38_143685_box_Incident_Summaries_101-172
Agency: Department of War
Page 116
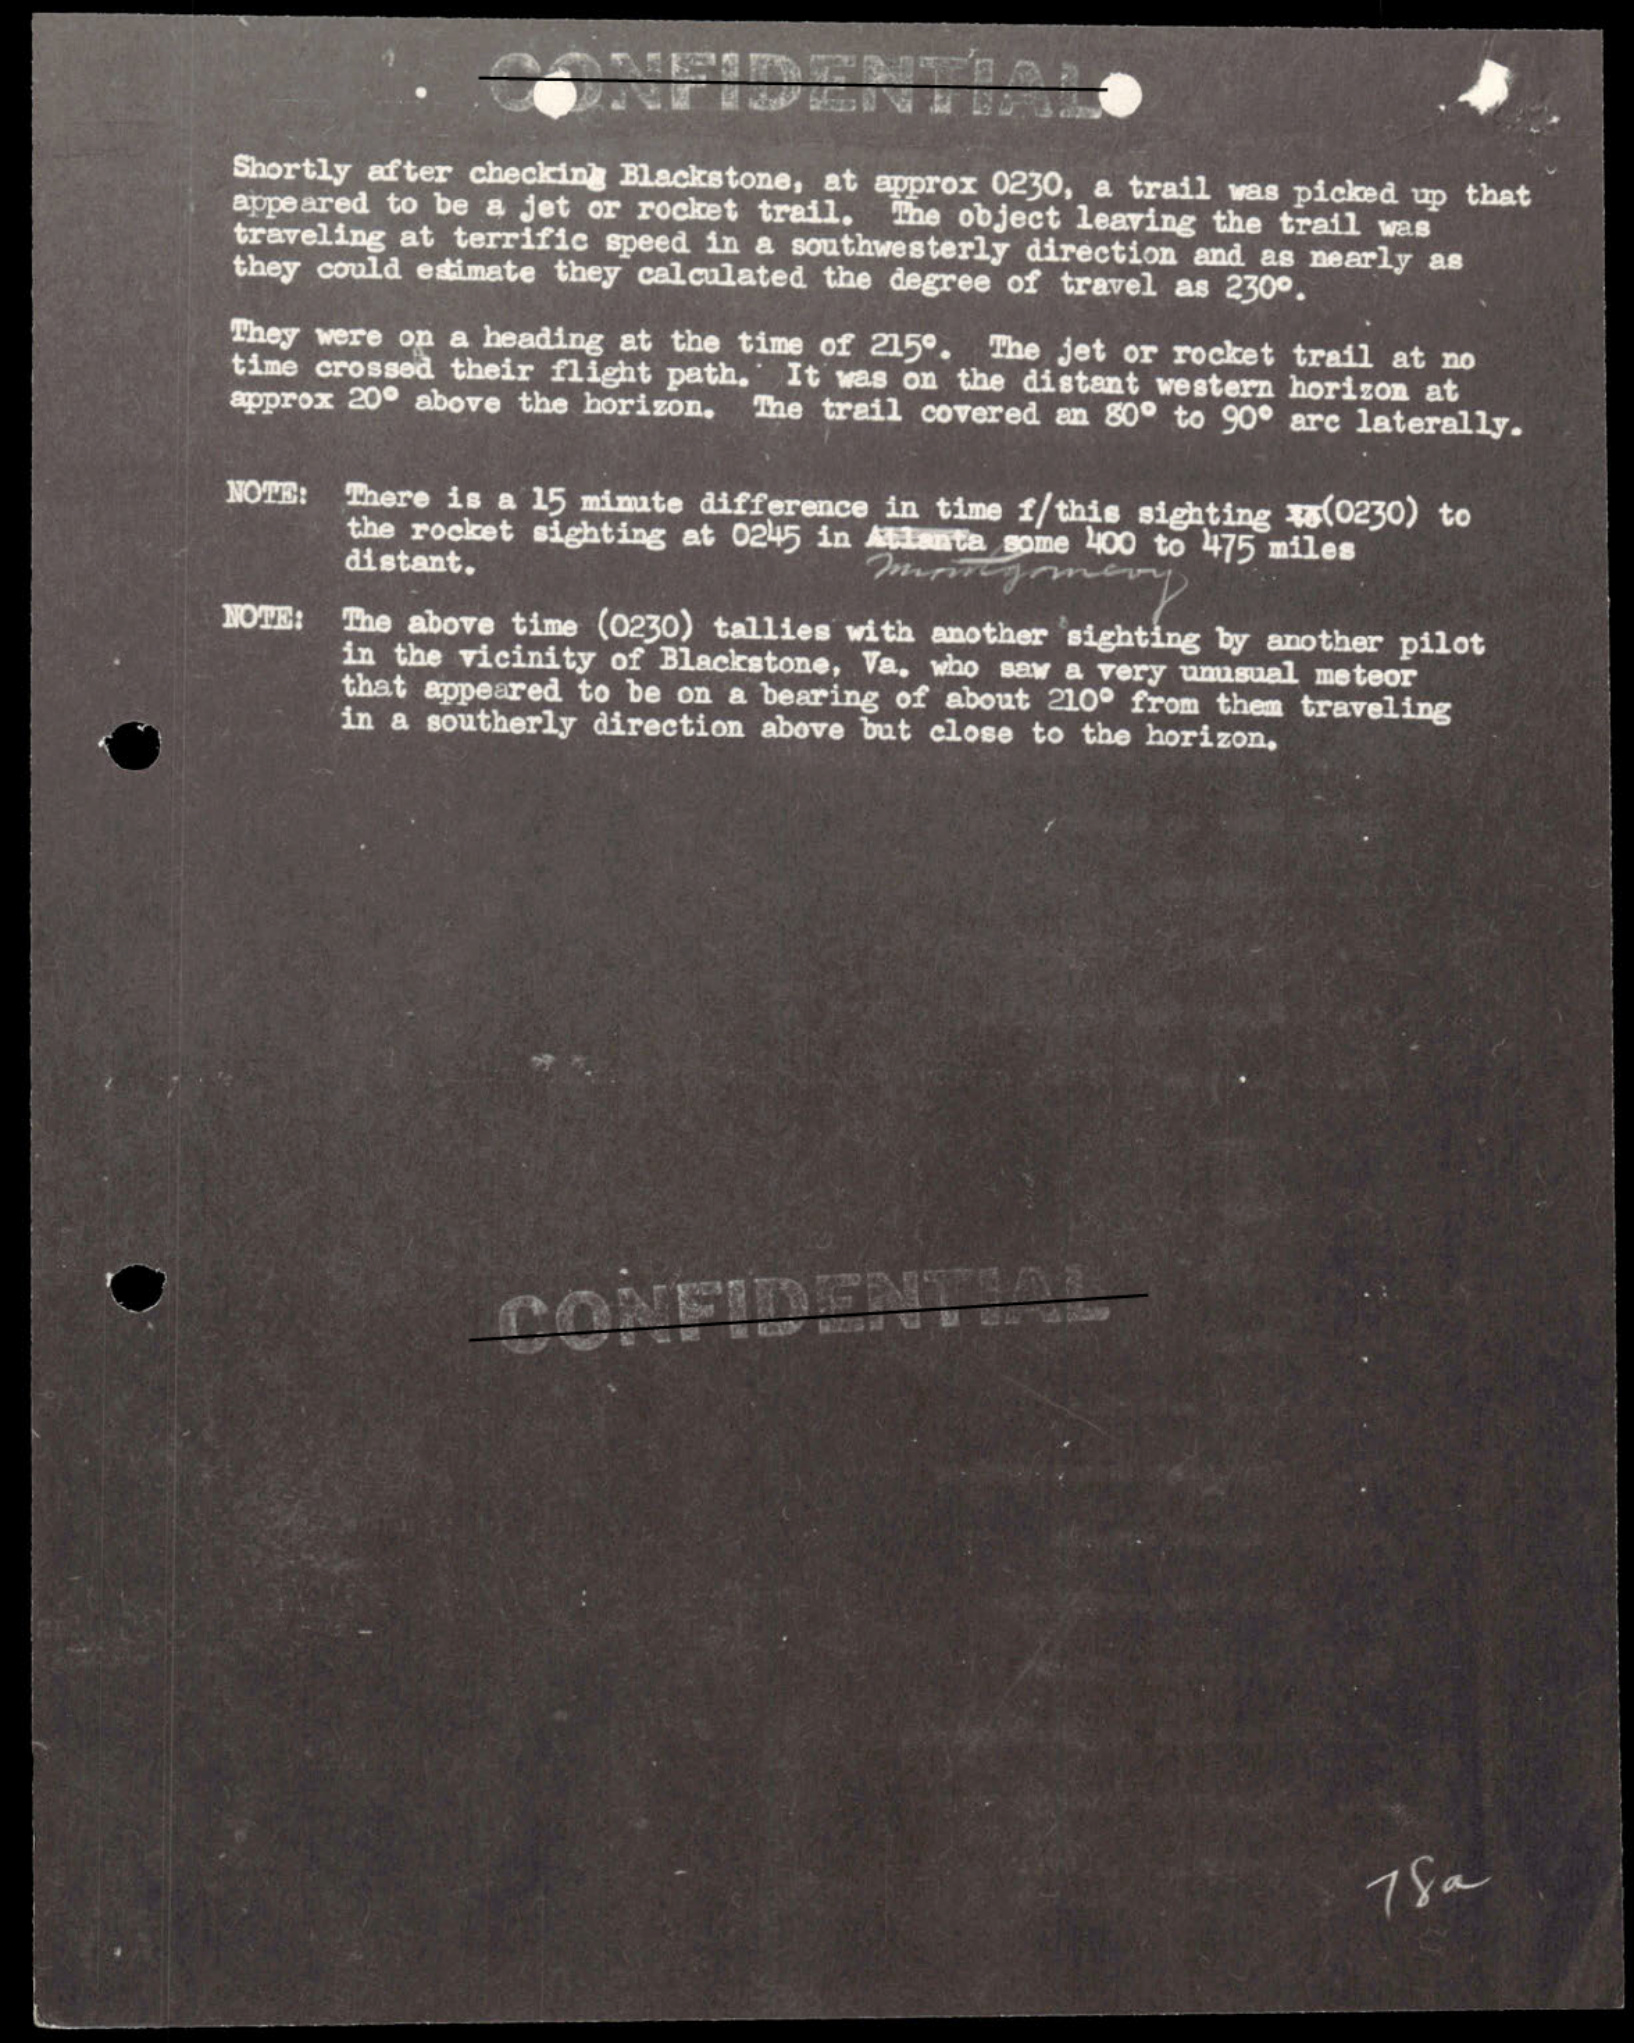